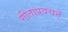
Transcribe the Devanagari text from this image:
गीताप्रवचने